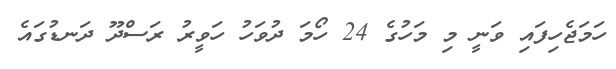
ހަމަޖެހިފައި ވަނީ މި މަހުގެ 24 ހޯމަ ދުވަހު ހަވީރު ރަސްދޫ ދަނޑުގައެ